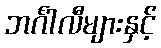
ဘင်္ဂါလီများနှင့်